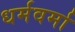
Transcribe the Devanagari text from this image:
धर्मवर्मा